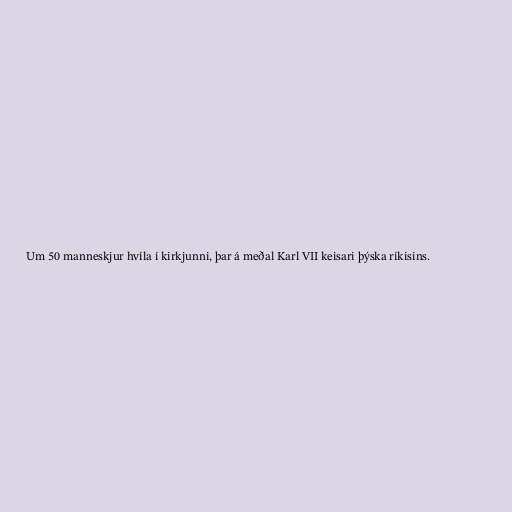
Um 50 manneskjur hvíla í kirkjunni, þar á meðal Karl VII keisari þýska ríkisins.